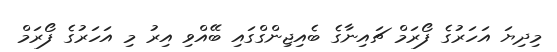
މިދިޔަ އަހަރުގެ ފޯރަމް ޗައިނާގެ ބެއިޖިންގްގައި ބޭއްވި އިރު މި އަހަަރުގެ ފޯރަމް